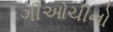
ગીઓચીનો